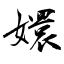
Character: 嬛